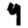
Digit: 9